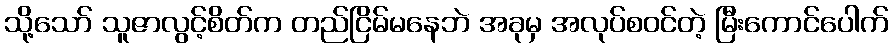
သို့သော် သူဇာလွင့်စိတ်က တည်ငြိမ်မနေဘဲ အခုမှ အလုပ်စဝင်တဲ့ မြီးကောင်ပေါက်